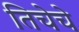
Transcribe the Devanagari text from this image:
तिचेचे